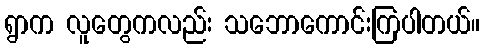
ရွာက လူတွေကလည်း သဘောကောင်းကြပါတယ်။